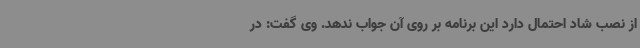
از نصب شاد احتمال دارد این برنامه بر روی آن جواب ندهد. وی گفت: در